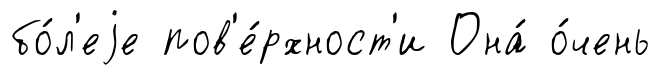
бо́л'еjе пов'е́рхност'и Она́ о́чень